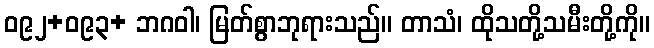
ဝ၉၂+ဝ၉၃+ ဘဂဝါ၊ မြတ်စွာဘုရားသည်။ တာသံ၊ ထိုသတို့သမီးတို့ကို။